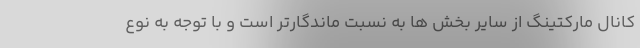
کانال مارکتینگ از سایر بخش ها به نسبت ماندگارتر است و با توجه به نوع